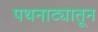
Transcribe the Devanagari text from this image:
पथनाट्यातून